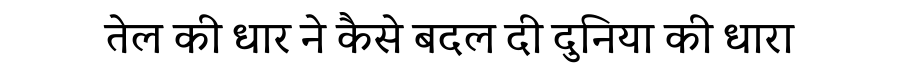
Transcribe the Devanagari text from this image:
तेल की धार ने कैसे बदल दी दुनिया की धारा